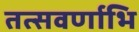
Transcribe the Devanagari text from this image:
तत्सवर्णाभि